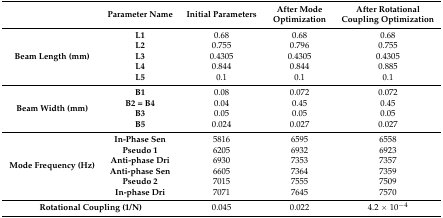
|  | Parameter Name | Initial Parameters | After Mode Optimization | After Rotational Coupling Optimization |
 | --- | --- | --- | --- | --- |
 | <ROWSPAN=5> Beam Length (mm) | L1 | 0.68 | 0.68 | 0.68 |
 | L2 | 0.755 | 0.796 | 0.755 |
 | L3 | 0.4305 | 0.4305 | 0.4305 |
 | L4 | 0.844 | 0.844 | 0.885 |
 | L5 | 0.1 | 0.1 | 0.1 |
 | <ROWSPAN=4> Beam Width (mm) | B1 | 0.08 | 0.072 | 0.072 |
 | B2 = B4 | 0.04 | 0.45 | 0.45 |
 | B3 | 0.05 | 0.05 | 0.05 |
 | B5 | 0.024 | 0.027 | 0.027 |
 | <ROWSPAN=6> Mode Frequency (Hz) | In-Phase Sen | 5816 | 6595 | 6558 |
 | Pseudo 1 | 6205 | 6932 | 6923 |
 | Anti-phase Dri | 6930 | 7353 | 7357 |
 | Anti-phase Sen | 6605 | 7364 | 7359 |
 | Pseudo 2 | 7015 | 7555 | 7509 |
 | In-phase Dri | 7071 | 7645 | 7570 |
 | <COLSPAN=2> Rotational Coupling (1/N) | 0.045 | 0.022 | 4.2 × 10−4 |